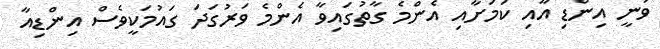
ވަނީ އިންޑި އާއި ކަމަށާއި އެންމެ ގާތުގައިވާ އެންމެ ވަރުގަދަ ގައުމަކީވެސް އިންޑިއާ